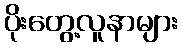
ပိုးတွေ့လူနာများ